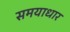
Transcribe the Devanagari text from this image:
समयाधार